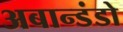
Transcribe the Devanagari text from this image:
अबान्डंडो